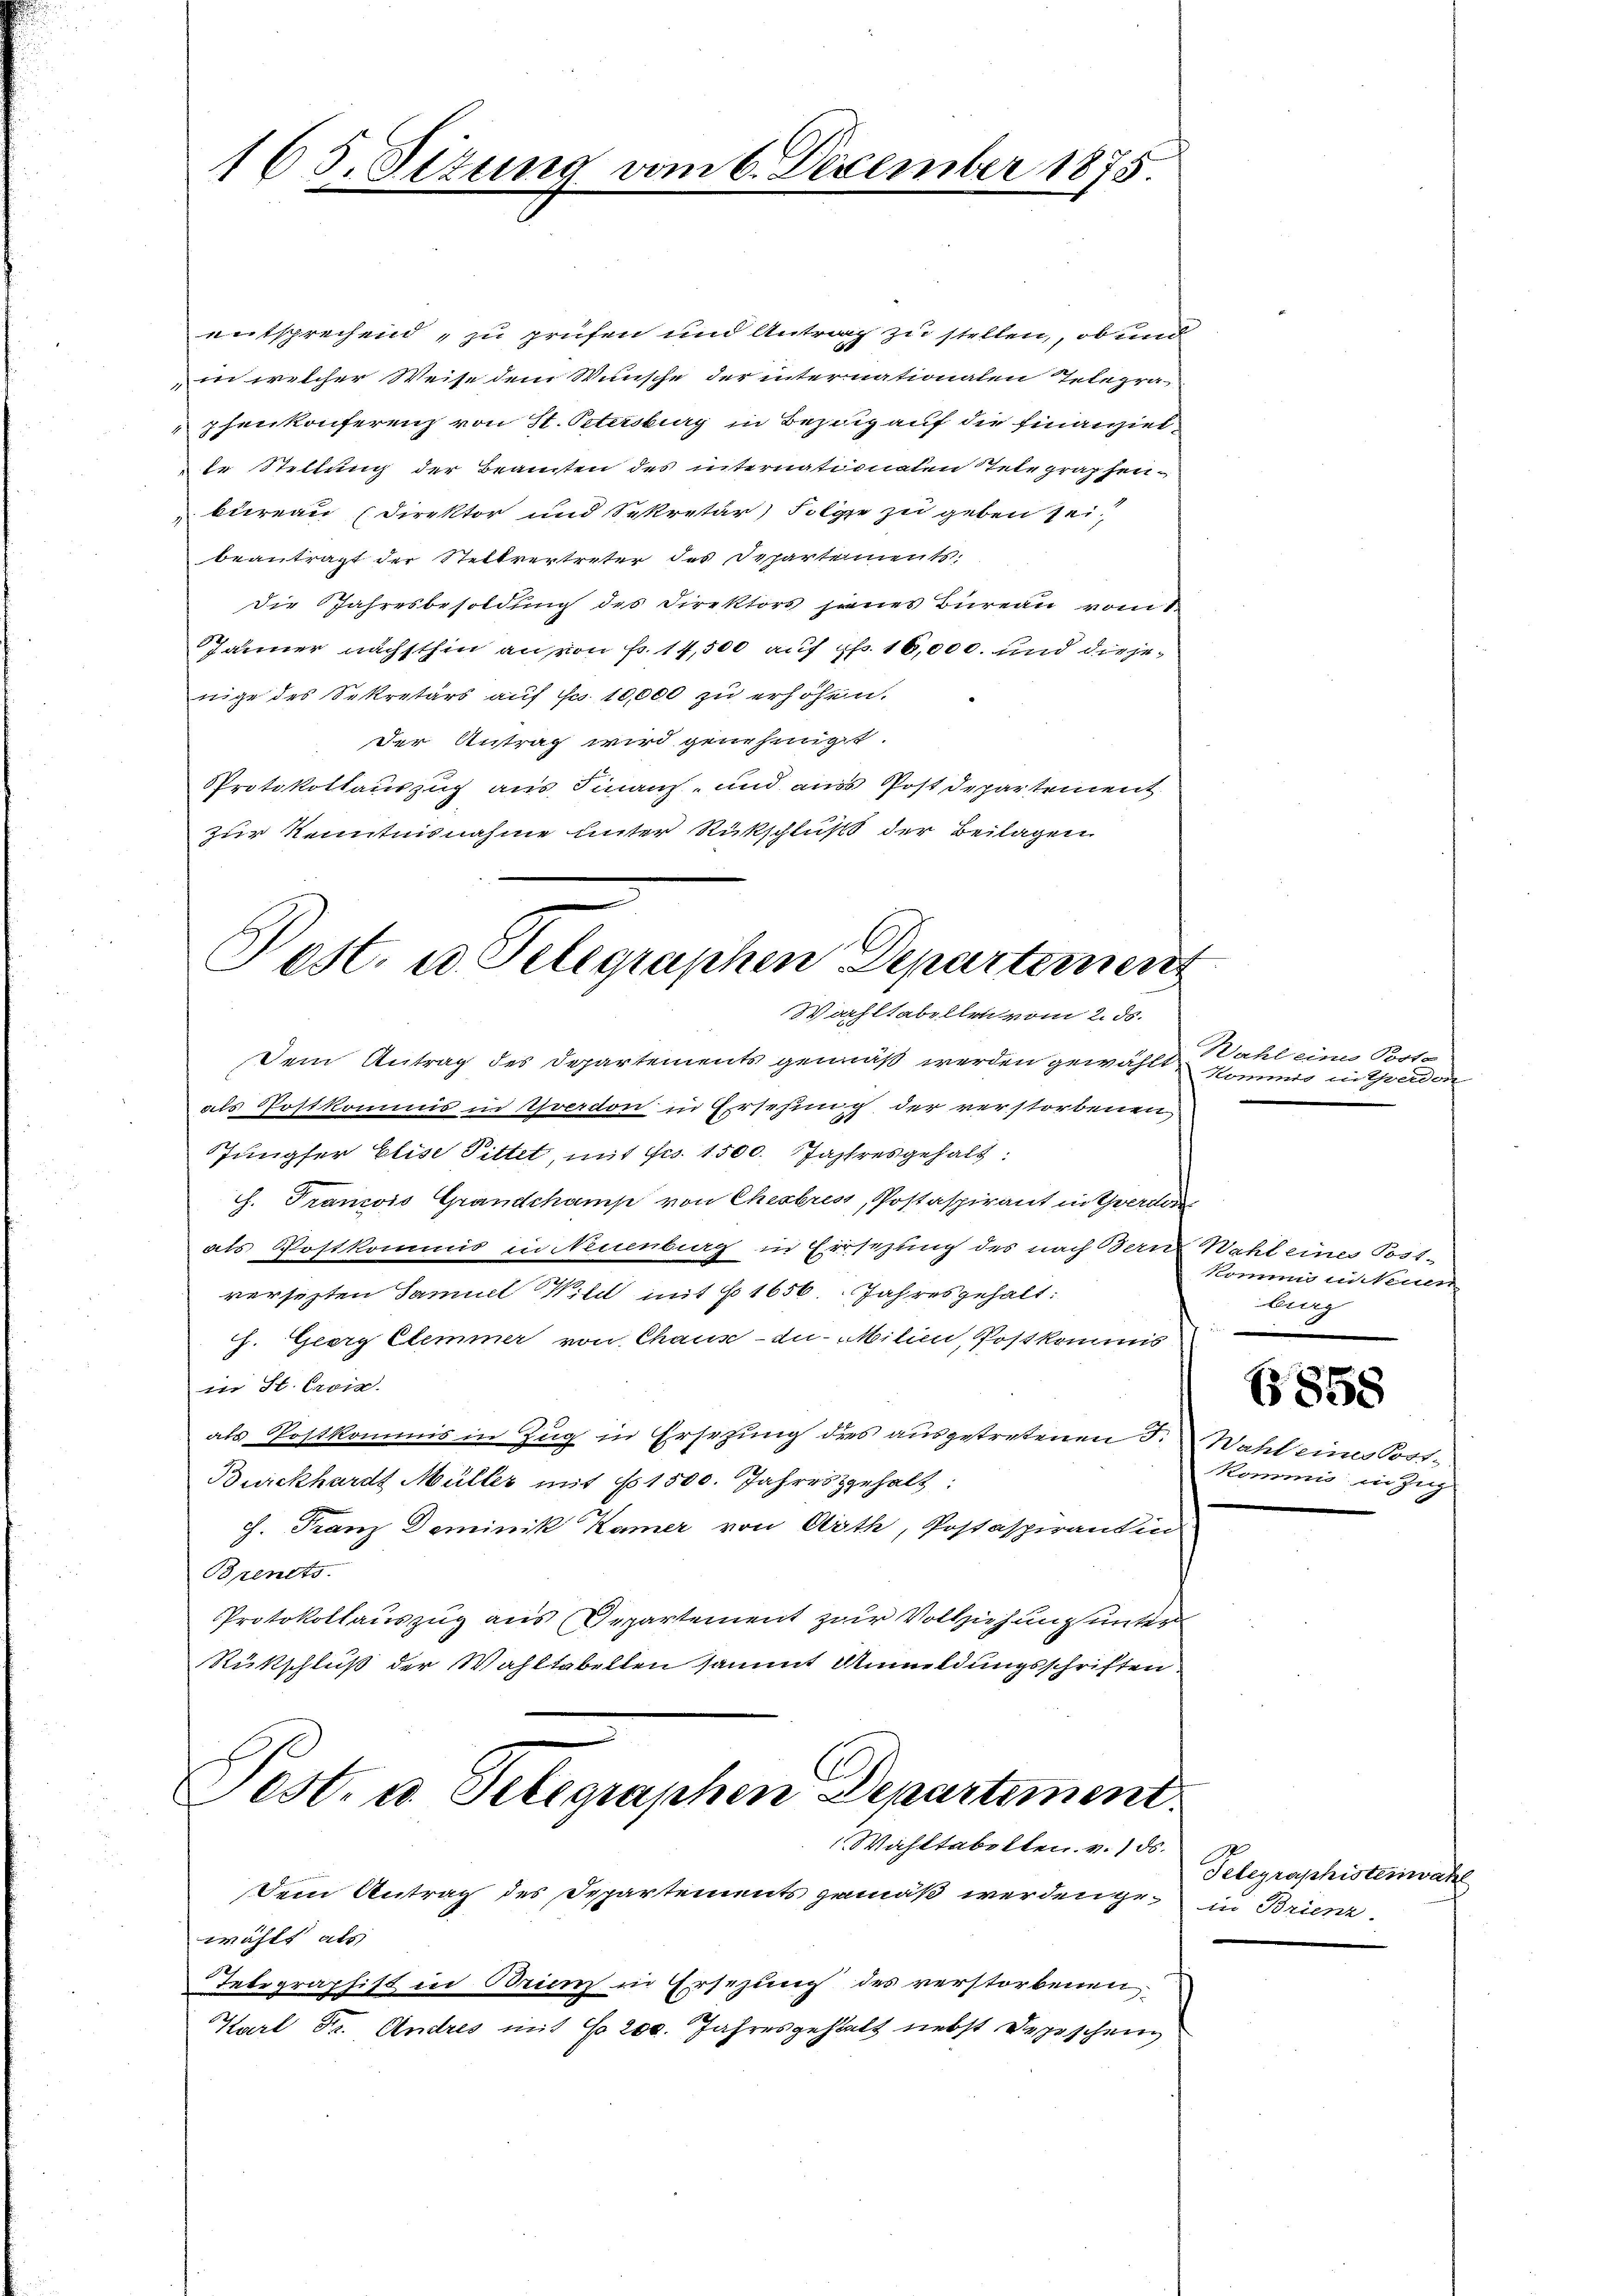
165. Situng vom 6. Dezember 1875

entsprechend, zu prüfen und Antrag zu stellen, ob und
in welcher Weise dem Wunsche der internationalen Telegra-
phenkonferenz von St. Petersburg in Bezug auf die Finanziel
te Stellung der Beamten des internationalen Telegraphen-
bureau (Direktor und Sekretär Folge zu geben sei
beantragt der Stellvertreter des Departements,
die Jahresbesoldung des Direktors jenes Bureau vom 1.
Jänner nächsthin an von Fr. 14,500 auf pf. 16,000. und die jenige des Sekretärs auf Fr. 10,000 zu erhöhen.
der Antrag wird genehmiget.
Protokollauszug aus Finanz- und aus Post Departement
zur Kenntnisnahme unter Rückschluß der Beilagen

Dein Antrag des Departements gemäß werden gewählt
als Postkommis in thverdon in Ersehung der verstorbenen
Jungfer Elise Pittet, mit Fr. 1500. Jahresgehalt:
J. Trancois Grandchamp von Cherbres, Postaspirant in werden
als Postkommis in Neuenburg in Errsezung des nach Bern Wahl eines Post-
versezten Samuel Will mit 1656. Jahres gehalt:
h. Georg Clemmer von Chaus - zu Milien, Postkommis
in St. Croix.
als Postkommis in Zug in Ersetzung des ausgetretenen 3.
Burckhardt Müller mit § 1500. Jahres gehalt:
c. Franz Deminik Kamer von Noth, Postaspirantin
Bpents.
Protokollauszug aus Departement zur Vollziehung unter
Rükschluß der Wahltabellen sammt Anmeldungsschriften

Pest. u. Telegraphen Departement
Wahltabellen vom 2. ds.

Wahltabellen. v. ds.
Dem Antrag des Departements gemäß werdenge in Brienz
wählt als
Integraphist in Brunz in Ersezung des verstorbenen
Karl Dr. Andres mit No 200. Jahresgehalt nebst Depeschen

Pest. u. Telegraphen Departement.

Wahl eines Posta
Kommis in Yverdon

kommis inteien
bing

858

Wahl eines Post
kommis in Zug

Telegraphisterwah